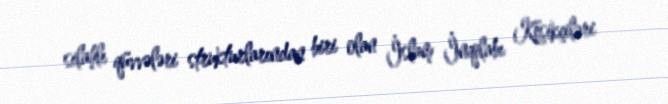
silahlı qüvvələri strukturlarından biri olan İslam İnqilabı Keşikçiləri